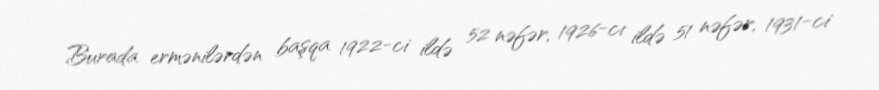
Burada ermənilərdən başqa 1922-ci ildə 52 nəfər, 1926-cı ildə 51 nəfər, 1931-ci